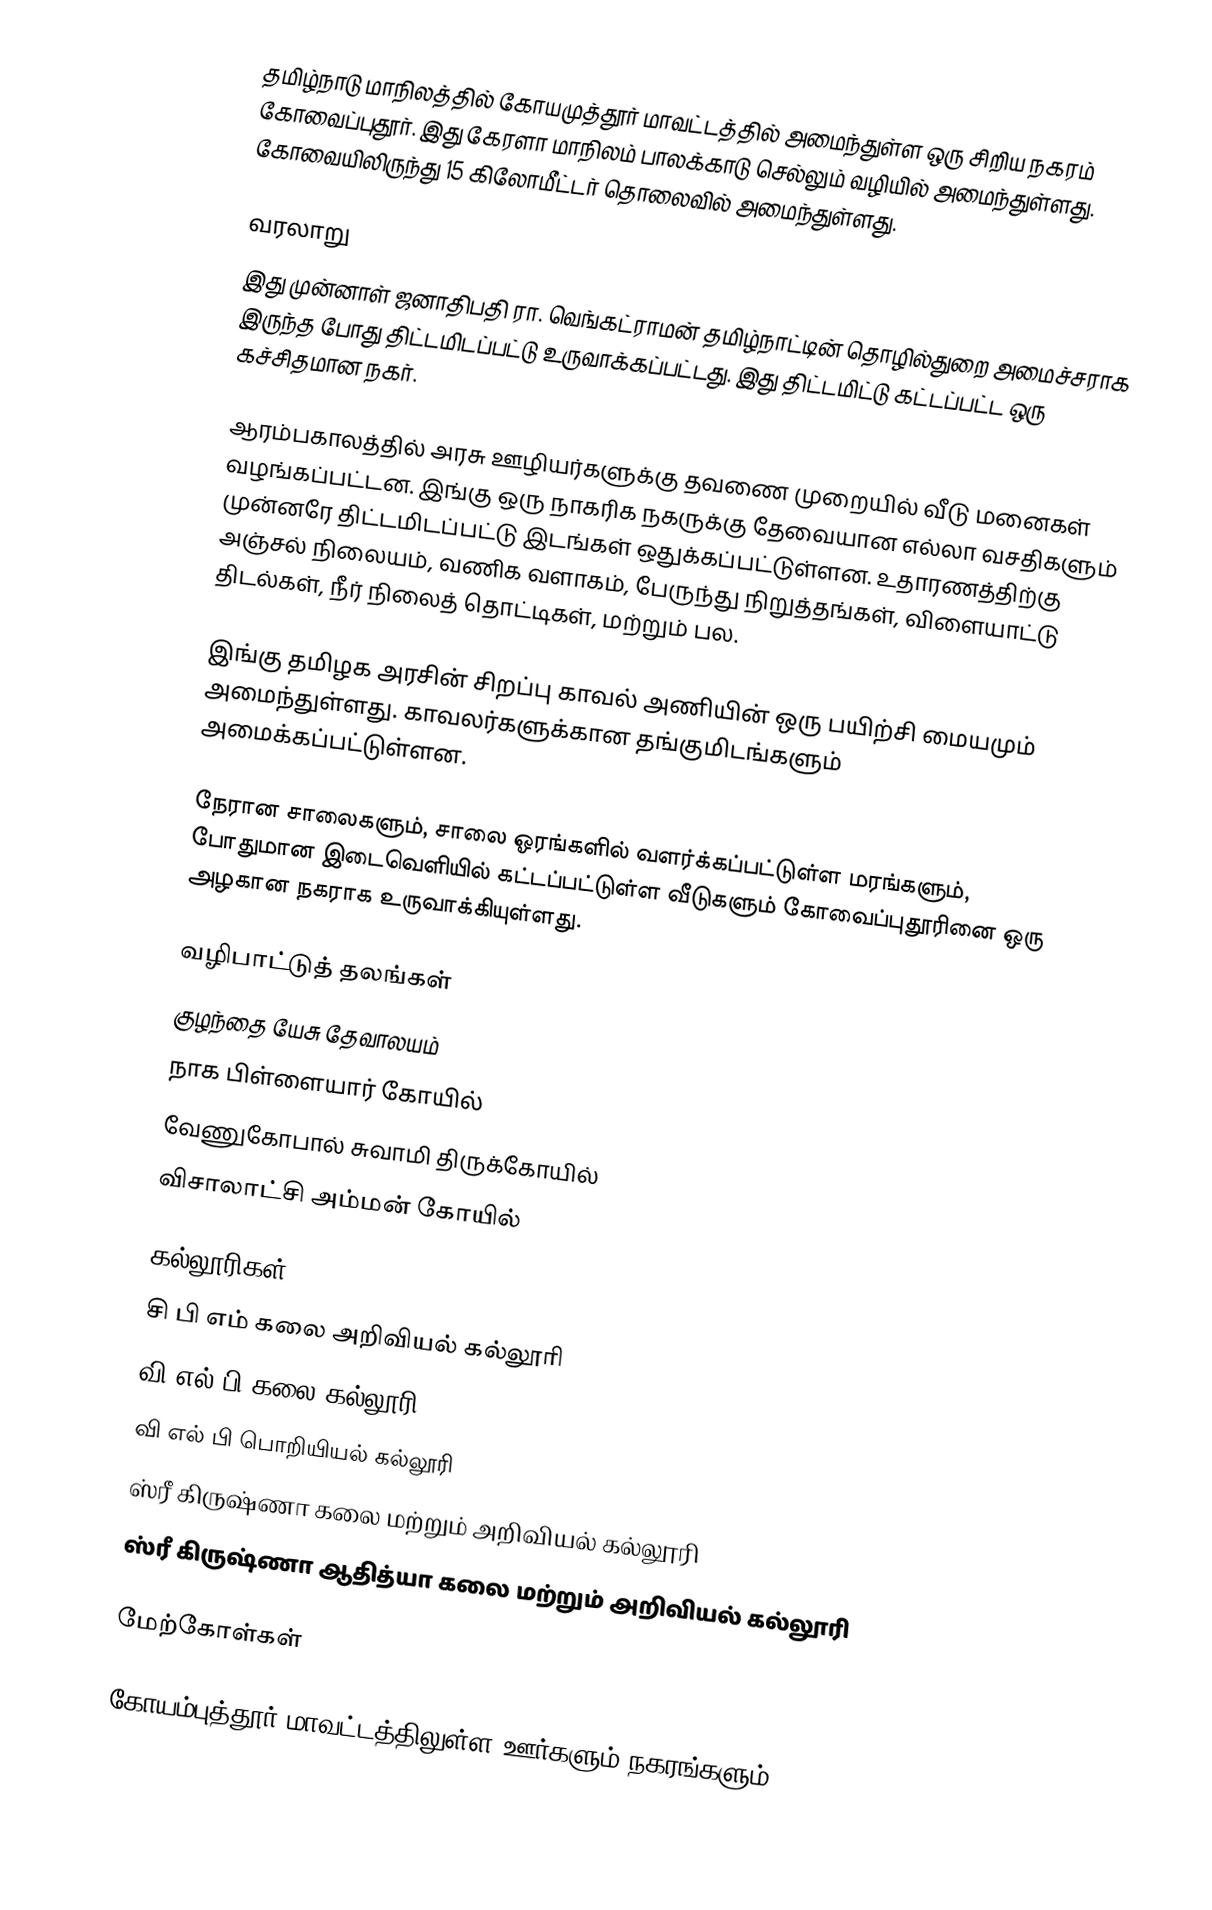
தமிழ்நாடு மாநிலத்தில் கோயமுத்தூர் மாவட்டத்தில் அமைந்துள்ள ஒரு சிறிய நகரம் கோவைப்புதூர். இது கேரளா மாநிலம் பாலக்காடு செல்லும் வழியில் அமைந்துள்ளது. கோவையிலிருந்து 15 கிலோமீட்டர் தொலைவில் அமைந்துள்ளது.

வரலாறு
இது முன்னாள் ஜனாதிபதி ரா. வெங்கட்ராமன் தமிழ்நாட்டின் தொழில்துறை அமைச்சராக இருந்த போது திட்டமிடப்பட்டு உருவாக்கப்பட்டது. இது திட்டமிட்டு கட்டப்பட்ட ஒரு கச்சிதமான நகர்.

ஆரம்பகாலத்தில் அரசு ஊழியர்களுக்கு தவணை முறையில் வீடு மனைகள் வழங்கப்பட்டன. இங்கு ஒரு நாகரிக நகருக்கு தேவையான எல்லா வசதிகளும் முன்னரே திட்டமிடப்பட்டு இடங்கள் ஒதுக்கப்பட்டுள்ளன. உதாரணத்திற்கு அஞ்சல் நிலையம், வணிக வளாகம், பேருந்து நிறுத்தங்கள், விளையாட்டு திடல்கள், நீர் நிலைத் தொட்டிகள், மற்றும் பல.

இங்கு தமிழக அரசின் சிறப்பு காவல் அணியின் ஒரு பயிற்சி மையமும் அமைந்துள்ளது. காவலர்களுக்கான தங்குமிடங்களும் அமைக்கப்பட்டுள்ளன.

நேரான சாலைகளும், சாலை ஓரங்களில் வளர்க்கப்பட்டுள்ள மரங்களும், போதுமான இடைவெளியில் கட்டப்பட்டுள்ள வீடுகளும் கோவைப்புதூரினை ஒரு அழகான நகராக உருவாக்கியுள்ளது.

வழிபாட்டுத் தலங்கள்
குழந்தை யேசு தேவாலயம்
நாக பிள்ளையார் கோயில்
வேணுகோபால் சுவாமி திருக்கோயில்
விசாலாட்சி அம்மன் கோயில்

கல்லூரிகள்
 சி பி எம் கலை அறிவியல் கல்லூரி
 வி எல் பி கலை கல்லூரி
 வி எல் பி பொறியியல் கல்லூரி
  ஸ்ரீ கிருஷ்ணா கலை மற்றும் அறிவியல் கல்லூரி
  ஸ்ரீ கிருஷ்ணா ஆதித்யா கலை மற்றும் அறிவியல் கல்லூரி

மேற்கோள்கள்

கோயம்புத்தூர் மாவட்டத்திலுள்ள ஊர்களும் நகரங்களும்